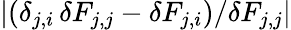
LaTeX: |(\delta_{j,i}\, \delta F_{j,j}-\delta F_{j,i})/\delta F_{j,j}|